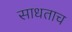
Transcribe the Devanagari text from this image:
साधताच